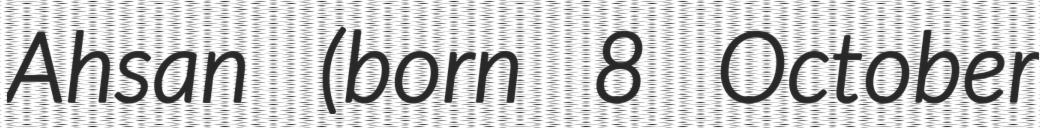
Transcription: Ahsan (born 8 October